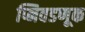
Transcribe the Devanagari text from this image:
प्निवडणूक